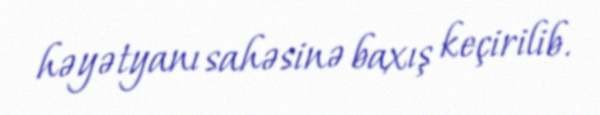
həyətyanı sahəsinə baxış keçirilib.